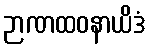
ဉာဏထဝနာယိဒံ